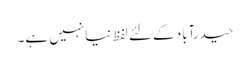
حیدرآباد کے لئے لفظ نیا نہیں ہے۔